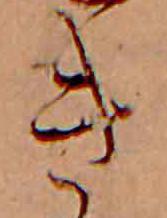
き